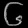
Digit: ၆